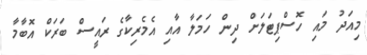
މިއަދު މައި ހޮސްޕިޓަލަށް ދިން ހަމަލާ އާއި އެމެރިކާގެ ރައީސް ބަރަކް އޮބާމާ